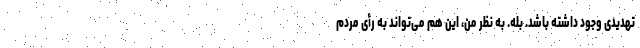
تهدیدی وجود داشته باشد. بله. به نظر من، این هم می‌تواند به رأى مردم